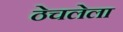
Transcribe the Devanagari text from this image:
ठेचलेला